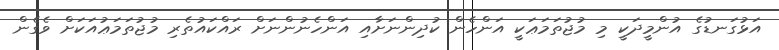
އަޅުގަނޑުގެ އުންމީދަކީ މި މުޖުތަމަޢަކީ އަންހެން ކުދިންނަށާއި އަންހެނުންނަށް ރައްކައުތެރި މުޖުތަމަޢުއަކަށް ވެގެން